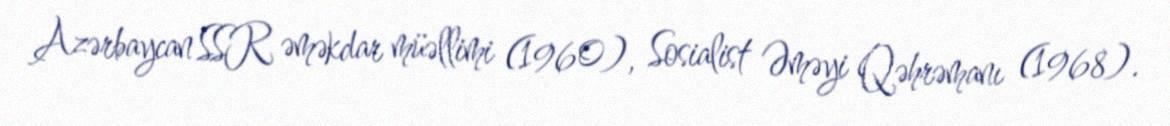
Azərbaycan SSR əməkdar müəllimi (1960), Sosialist Əməyi Qəhrəmanı (1968).